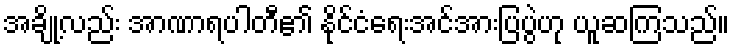
အချို့လည်း အာဏာရပါတီ၏ နိုင်ငံရေးအင်အားပြပွဲဟု ယူဆကြသည်။